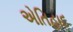
એતિહાદ